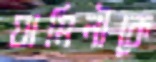
যামিনীকে